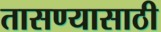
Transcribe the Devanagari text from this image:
तासण्यासाठी